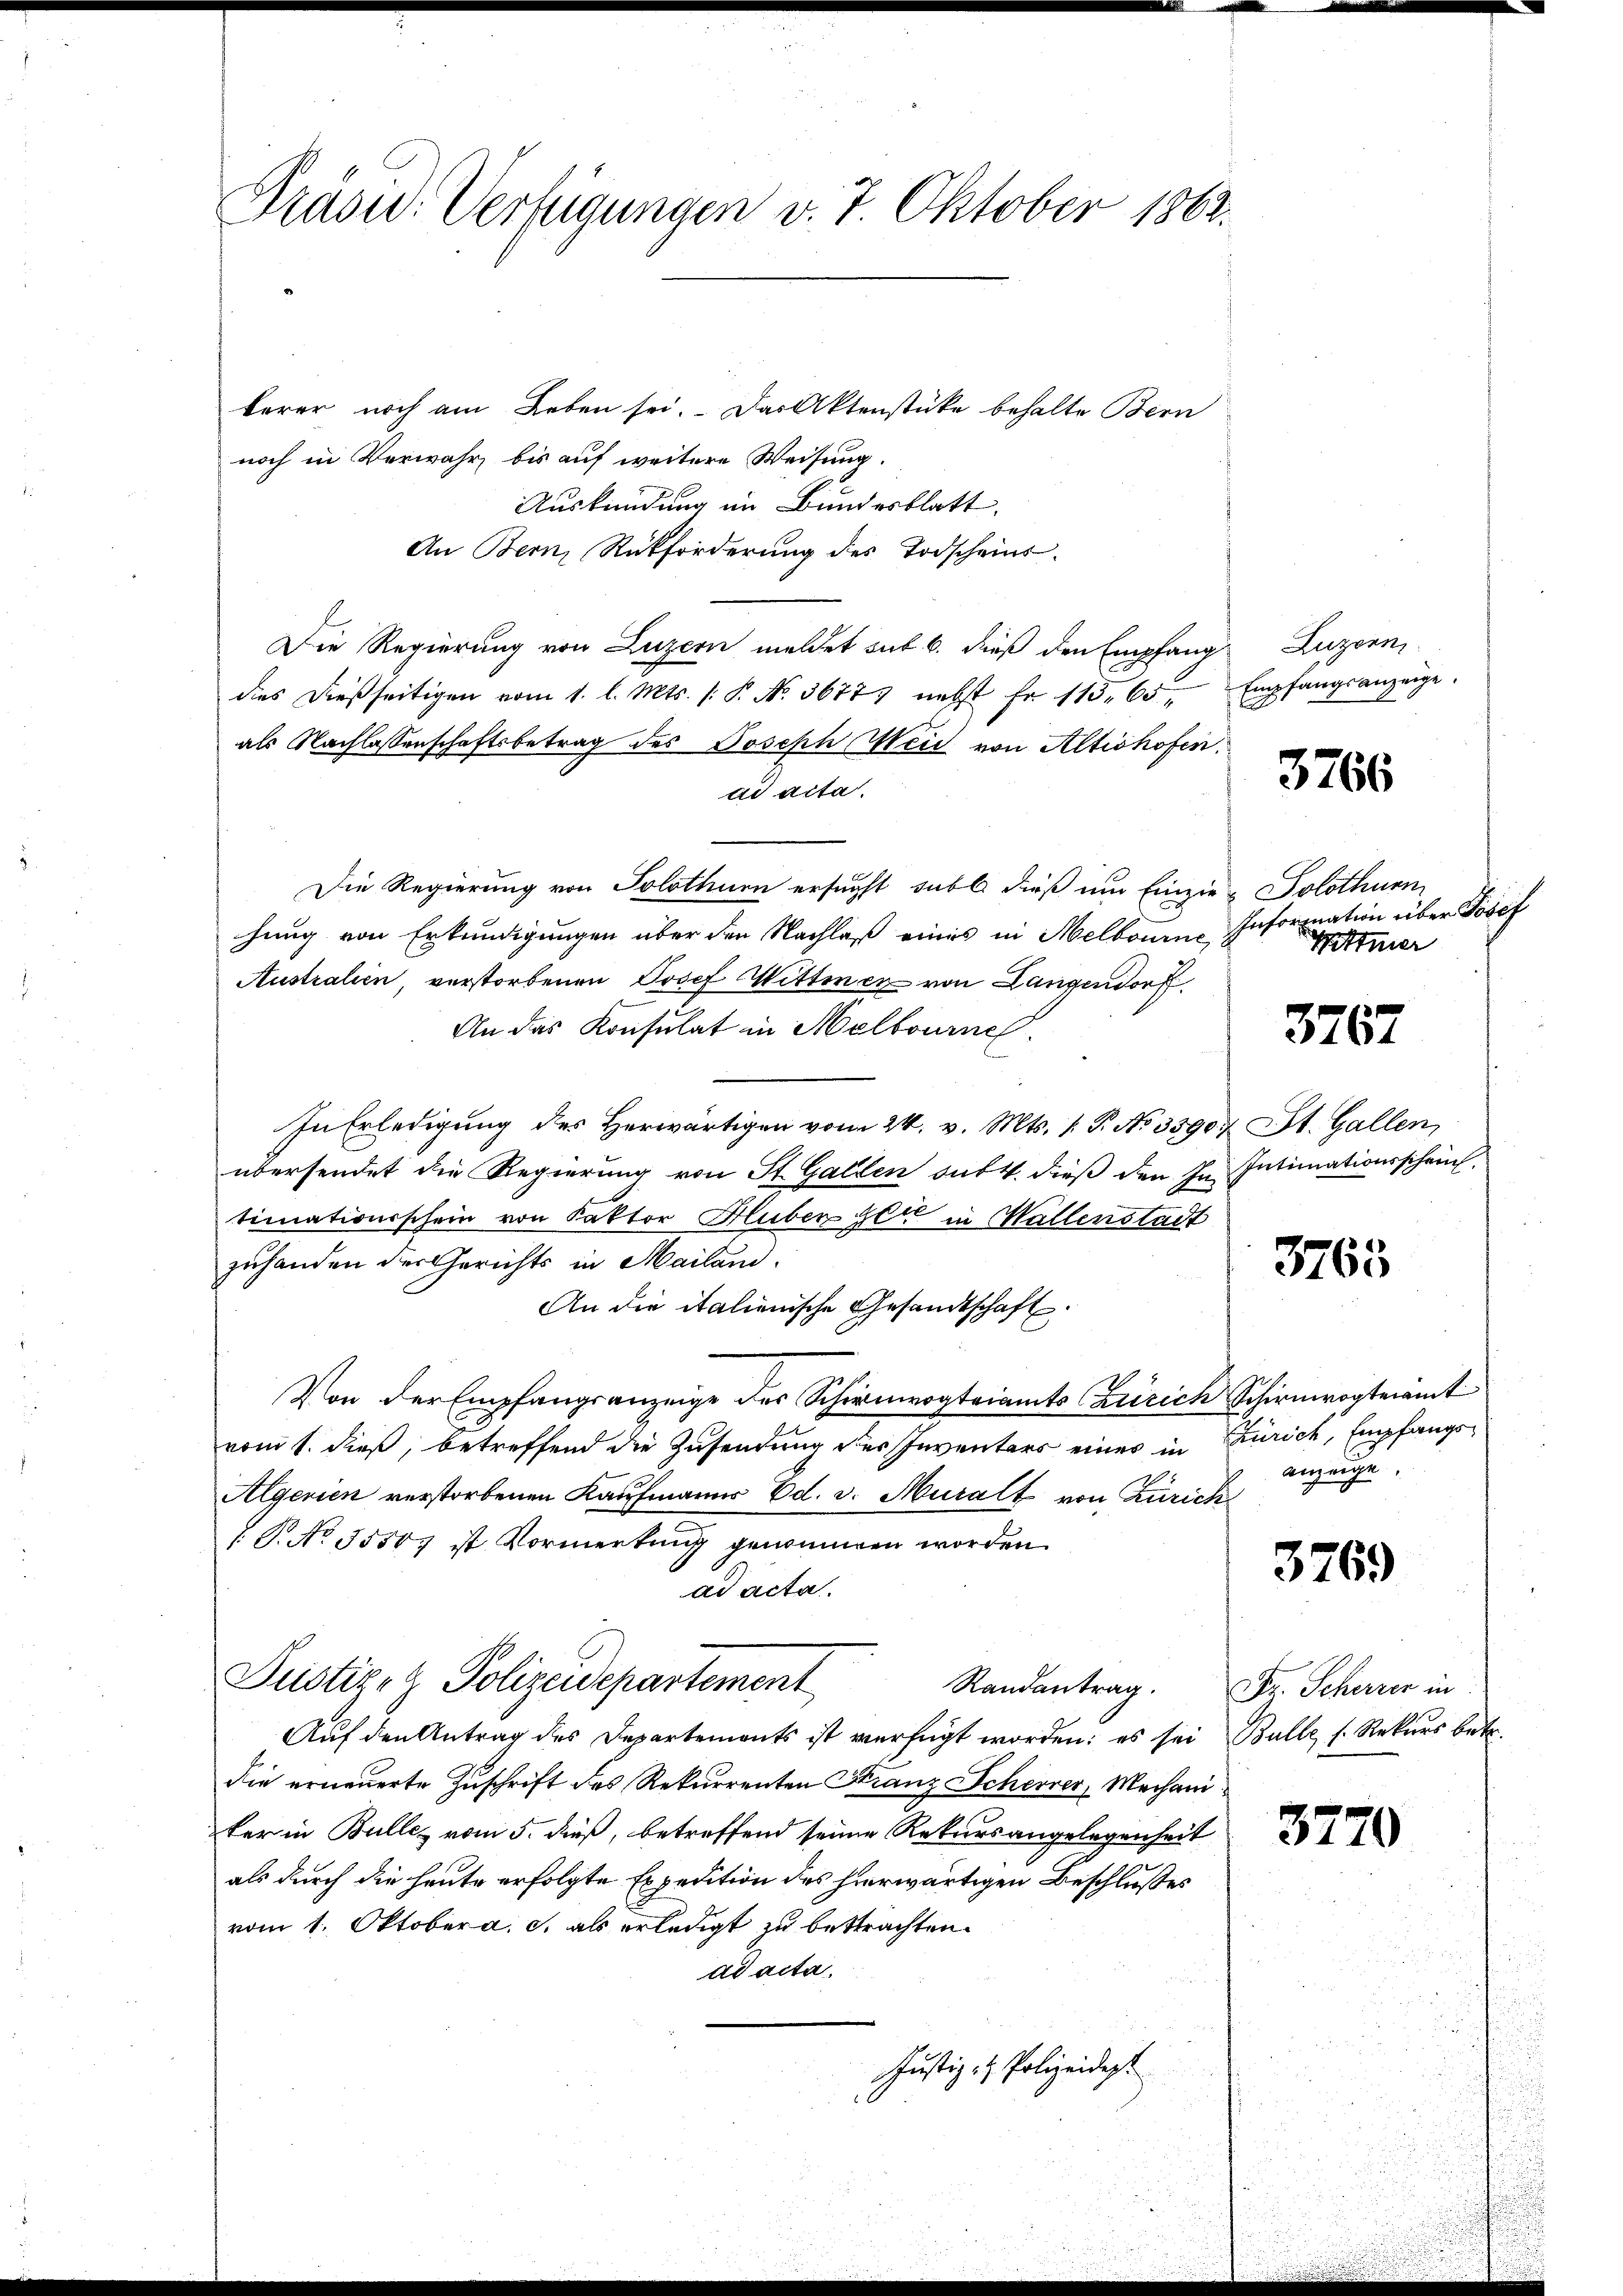
Präsid. Verfügungen v. 7. Oktober 1862.

terer noch am Leben sei. Das Aktenstücke behalte Bern
noch in Verwahr, bis auf weitere Weisung.
Auskündung im Bundesblatt.
An Bern, Rückforderung des Todscheins-
Die Regierung von Luzern meldet sub 6. dieß den Empfang
dies dießseitigen vom 1. l. Mts. /: P. No. 3677 nebst fr. 115. 65, Empfangsanzeige.
als Nachlassenschaftsbetrag des Joseph Weid von Altishofen.
ad acta.
Die Regierung von Solothurn ersucht subt dieß um Einzie-Solothurn
hung von Erkundigungen über den Nachlaß eines in Melbourne Infornation über Josef
Australien, verstorbenen Josef Wittwen von Langendorf
An das Konsulat in Melbourne
In Erledigung des Herwärtigen vom 24. v. Mts. 1. P. No 3590. St. Gallen,
übersendet die Regierung von St. Gallen sub 4. dieß den In Intimationsschrich.
timationsschein von Faktor Huber der in Wallenstadt
zuhanden der Gerichts in Mailand.
An die italienische Gesandtschaft.
Von der Empfangsanzeige des Schirmvogteiamts Zürich Schirmvogteiamt
vom 1. dieß, betreffend die Zusendung des Inventars eines in Zürich, Empfangs¬
Algerien verstorbenen Kaufmanns Ed. v. Muralt von Zürich
R. No 35507 ist Vormerkung genommen worden.
ad acta.
Justiz- & Polizeidepartement
Randantrag. Fr. Scherrer in
Auf den Antrag des Departements ist verfügt worden; es sei Bulle, s. Rekurs betr.
die erneuerte Zuschrift des Rekurrenten Franz Scherer, Mechani
fer in Bulles vom 5. dieß, betreffend seiner Rekursangelegenheit
als durch die heute erfolgte Expedition des hierwärtigen Beschlusses
vom 1. Oktober a. c. als erledigt zu betrachten.
ad acta.
Justiz- & Polizeidigt

Luzern

3766

Hittner

3767

3763

anzeige

3769